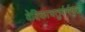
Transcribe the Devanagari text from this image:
वेदिकाचतुर्वर्णयुता